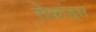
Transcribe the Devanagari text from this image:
सेकांड्स